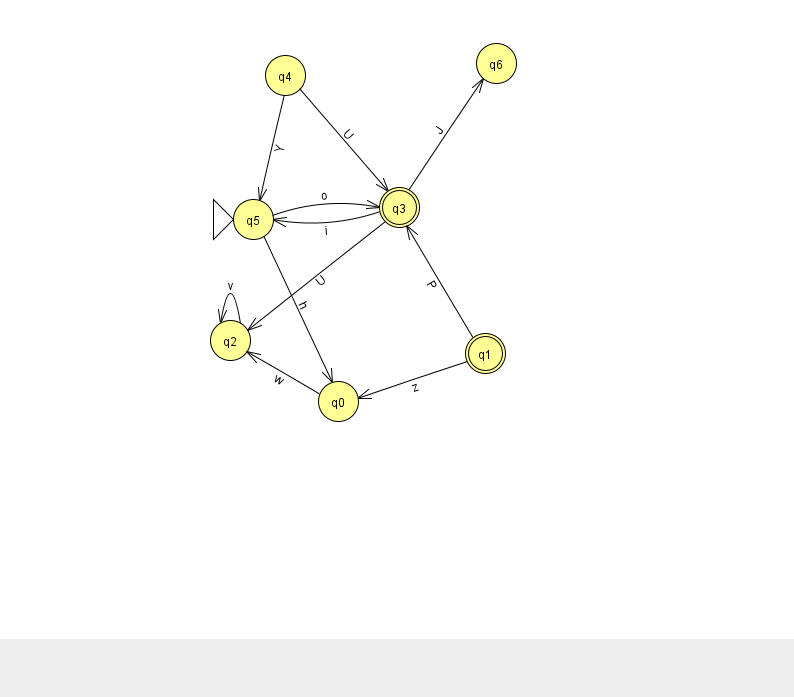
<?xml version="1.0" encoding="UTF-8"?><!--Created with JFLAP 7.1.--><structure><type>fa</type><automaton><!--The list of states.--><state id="0" name="q0"><x>338.0</x><y>388.0</y></state><state id="1" name="q1"><x>485.0</x><y>340.0</y><final/></state><state id="2" name="q2"><x>230.0</x><y>327.0</y></state><state id="3" name="q3"><x>399.0</x><y>194.0</y><final/></state><state id="4" name="q4"><x>285.0</x><y>62.0</y></state><state id="5" name="q5"><x>253.0</x><y>206.0</y><initial/></state><state id="6" name="q6"><x>496.0</x><y>50.0</y></state><!--The list of transitions.--><transition><from>3</from><to>5</to><read>i</read></transition><transition><from>5</from><to>3</to><read>o</read></transition><transition><from>2</from><to>2</to><read>v</read></transition><transition><from>0</from><to>2</to><read>w</read></transition><transition><from>3</from><to>2</to><read>U</read></transition><transition><from>3</from><to>6</to><read>J</read></transition><transition><from>4</from><to>3</to><read>U</read></transition><transition><from>1</from><to>3</to><read>P</read></transition><transition><from>4</from><to>5</to><read>Y</read></transition><transition><from>5</from><to>0</to><read>h</read></transition><transition><from>1</from><to>0</to><read>z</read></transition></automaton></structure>